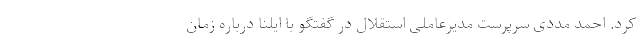
کرد. احمد مددی سرپرست مدیرعاملی استقلال در گفتگو با ایلنا درباره زمان